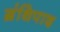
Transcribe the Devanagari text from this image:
ग्रंथिपाद